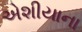
એશીયાના